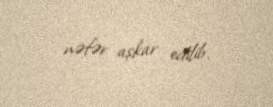
nəfər aşkar edilib.